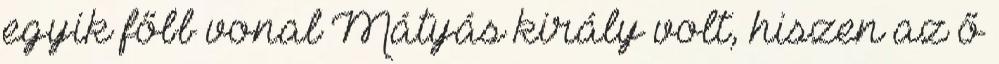
egyik főbb vonal Mátyás király volt, hiszen az ő